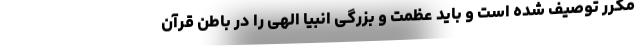
مکرر توصیف شده است و باید عظمت و بزرگی انبیا الهی را در باطن قرآن